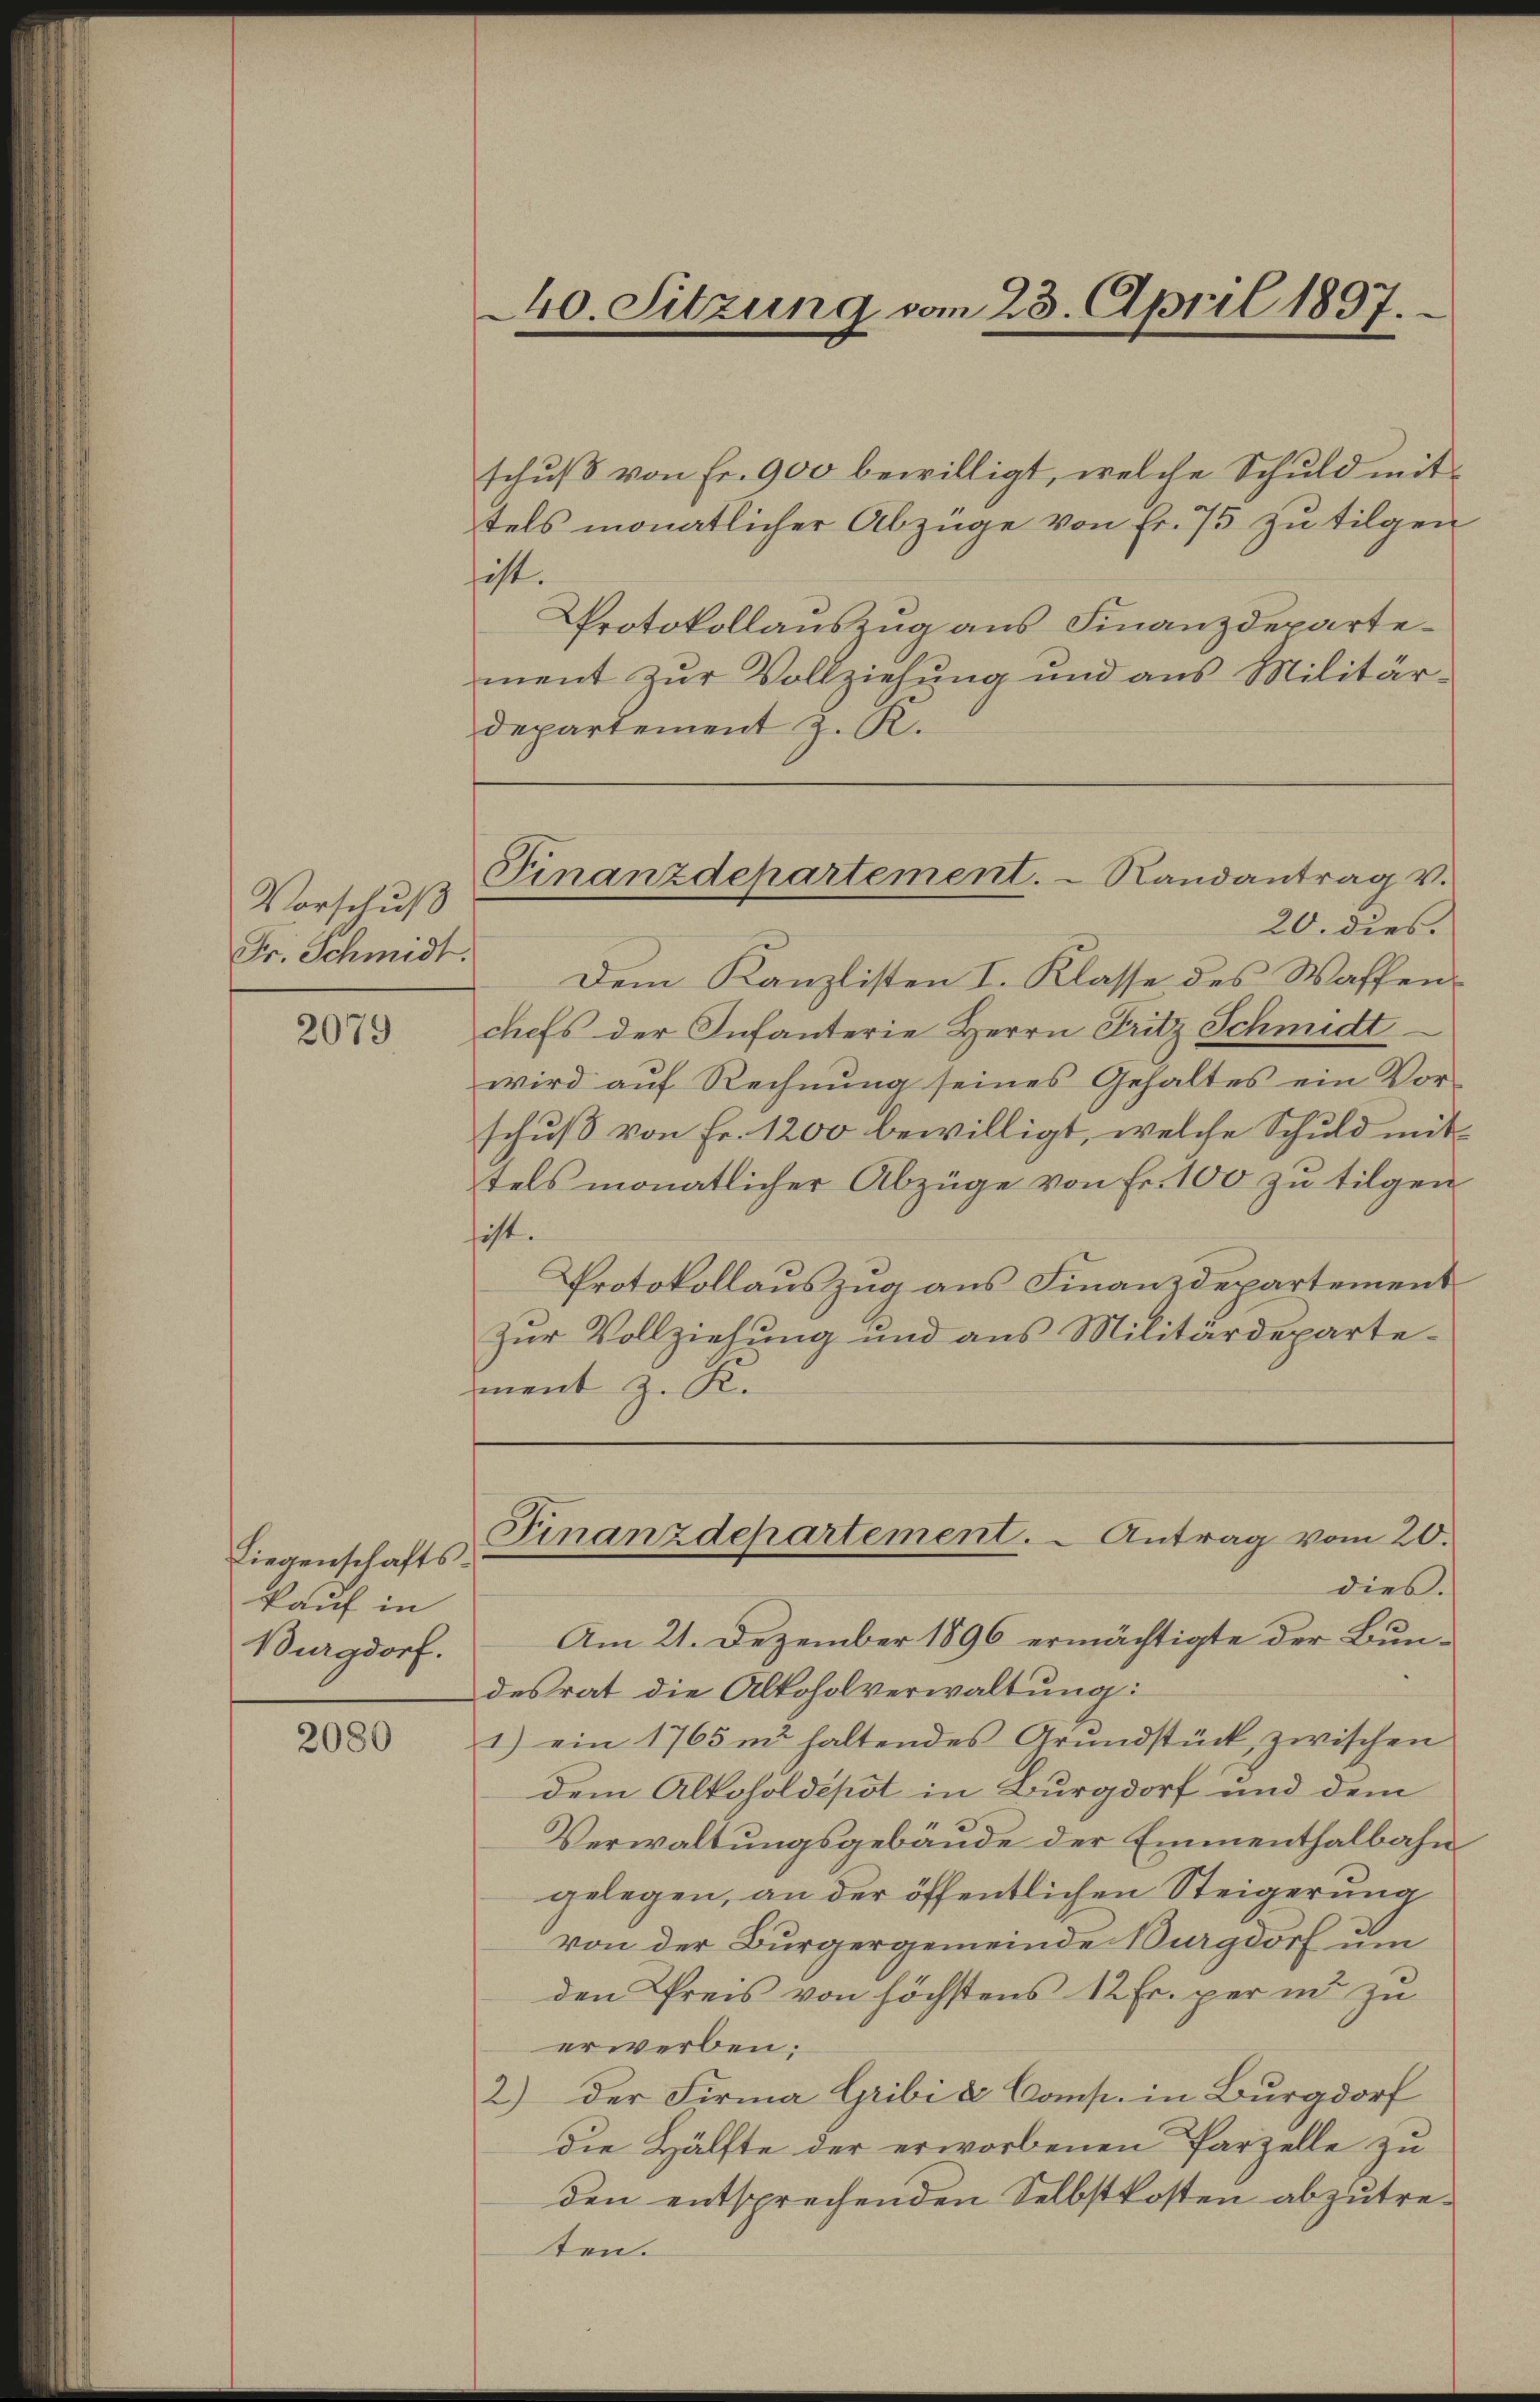
Vorschuß
Fr. Schmidt.

2079

Liegenschaftskauf in
Burgdorf.

2080

schŭβ von fr. 900 bewilligt, welche Schuld mit
tels monatlicher Abzüge von fr. 75 zŭ tilgen
hist.
Protokollauszug aus Finanzdepartement zur Vollziehung und aus Militärdepartement z. K.

440. Sitzung vom 23. April 1897.

Dem Kanzlisten I. Klasse des Waffenchefs der Infanterie Herrn Fritz Schmidt
wird auf Rechnung seines Gehaltes ein Vorschuß von Fr. 1200 bewilligt, welche Schuld mit
tels monatlicher Abzüge von Fr. 100 zu tilgen
hist.
Protokollauszug aus Finanzdepartement
Zŭr Vollziehŭng und aus Militärdeparte-
ment z. K.

Finanzdepartement. Randantrag v.
20. dies

Finanzdepartement. - Antrag vom 20.
dies.

Am 21. Dezember 1896 ermächtigte der Bundesrat die Alkoholverwaltung:
1) ein 1765 in haltendes Grŭndstück zwischen
dem Alkoholdepot in Burgdorf und dem
Verwaltungsgebäude der Emmenthalbahngelegen, an der öffentlichen Steigerung
von der Bürgergemeinde Burgdorf um
den Preis von höchstens 12 Fr. per in zu
erwerben.
2.) Der Firma Gribi & Comp. in Burgdorf
die Hälfte der erworbenen Parzelle zu
den entsprechenden Selbstkosten abzutreten.